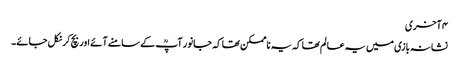
۴ آخری
نشانہ بازی میں یہ عالم تھا کہ یہ ناممکن تھا کہ جانور آپؒ کے سامنے آئے اور بچ کر نکل جائے۔